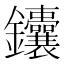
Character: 𬬥